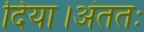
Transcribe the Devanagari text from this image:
दिया।अंततः